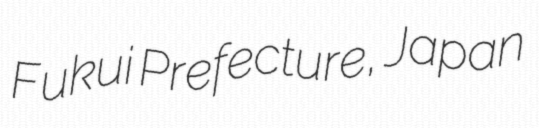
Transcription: Fukui Prefecture, Japan